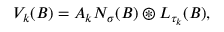
\begin{array} { r } { V _ { k } ( B ) = A _ { k } N _ { \sigma } ( B ) \circledast L _ { \tau _ { k } } ( B ) , } \end{array}